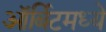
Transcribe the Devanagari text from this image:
ऑर्बिटमध्ये